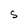
Character: S